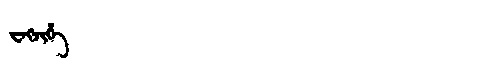
Manchu: ᠸᡝᡴᠵᡳᡥᡝ
Romanization: WEKJIHE